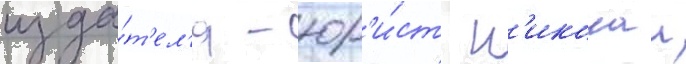
изда́т'ел'я - юр'и́ст н'иколаи